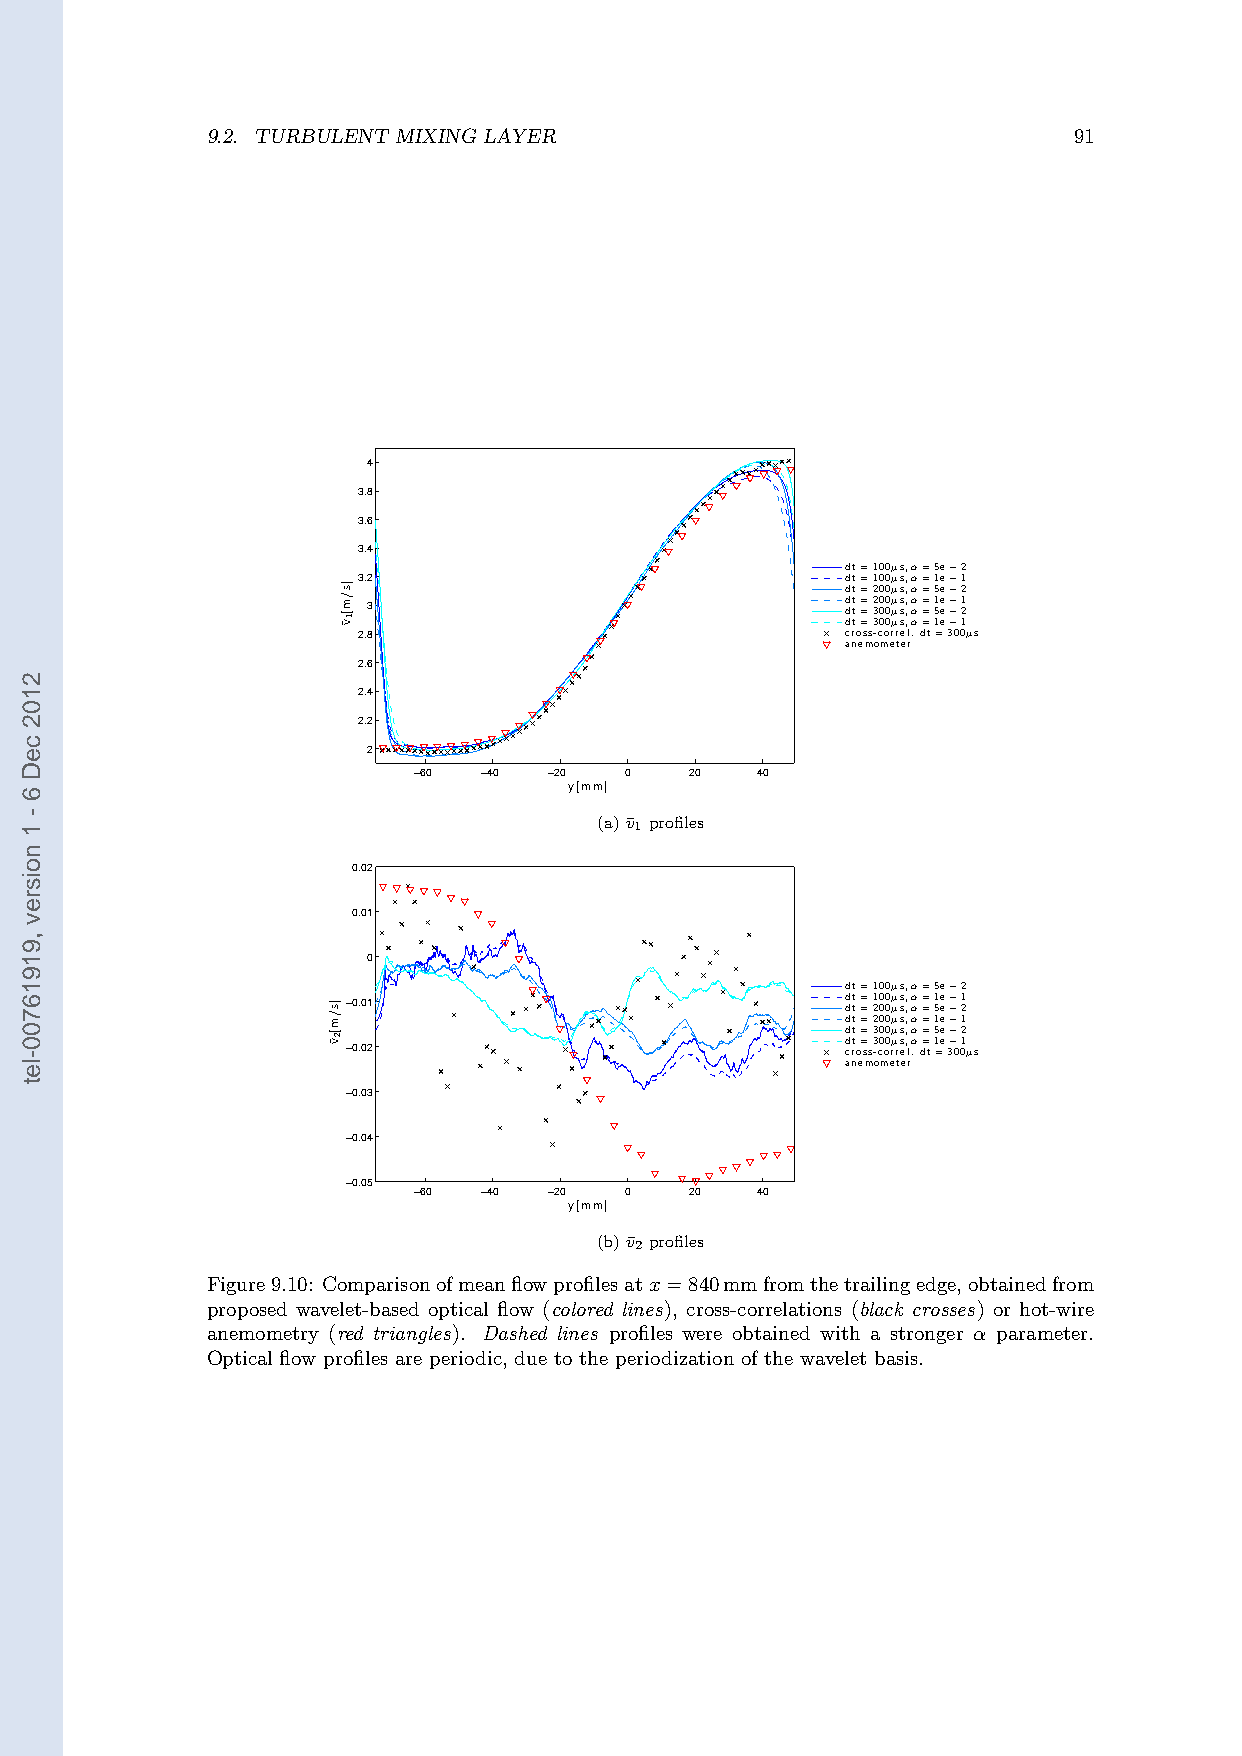
9.2. TURBULENT MIXING LAYER                              91
 4
 3.8
 3.6
 3.4
 dt=100µs,α=5e 2
 3.2                             dt=100µs,α=1e−1
 dt=200µs,α=5e−2
 3                               d dt t= =2 30 00 0µ µs s, ,α α= =1 5e e− −1 2
 dt=300µs,α=1e−1
 2.8                             cross-correl.dt=3−00µs
 anemometer
 2.6
 2.4
 2.2
 2
 −60  −40 −20  0    20  40
 y[mm]
 (a)v¯1 profiles
 0.02
 0.01
 0
 dt=100µs,α=5e 2
 −0.01                            d dt t= =1 20 00 0µ µs s, ,α α= =1 5e e− −1 2
 dt=200µs,α=1e−1
 dt=300µs,α=5e−2
 −0.02                            d crt o= ss3 -c0 o0 rµ rs e, lα .d= t1 =e 3− −001 µs
 anemometer
 −0.03
 −0.04
 −0.05
 −60  −40 −20  0    20  40
 y[mm]
 (b)v¯2 profiles
 Figure9.10: Comparisonofmeanflowprofilesatx=840mmfromthetrailingedge,obtainedfrom
 proposed wavelet-based optical flow (colored lines), cross-correlations (black crosses) or hot-wire
 anemometry (red triangles). Dashed lines profiles were obtained with a stronger α parameter.
 Optical flow profiles are periodic, due to the periodization of the wavelet basis.
 2102
 ceD
 6
 -
 1
 noisrev
 ,91916700-let
 ]s/m[2¯v
 ]s/m[1¯v